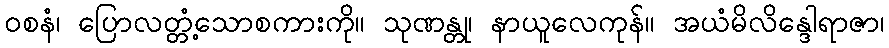
ဝစနံ၊ ပြောလတ္တံ့သောစကားကို။ သုဏန္တု၊ နာယူလေကုန်။ အယံမိလိန္ဒေါရာဇာ၊